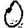
Digit: 0